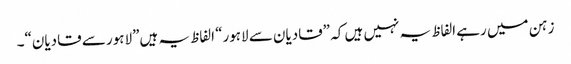
زہن میں رہے الفاظ یہ نہیں ہیں کہ ”قادیان سے لاہور“ الفاظ یہ ہیں”لاہور سے قادیان“۔